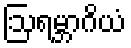
ဩရမ္ဘာဂိယံ